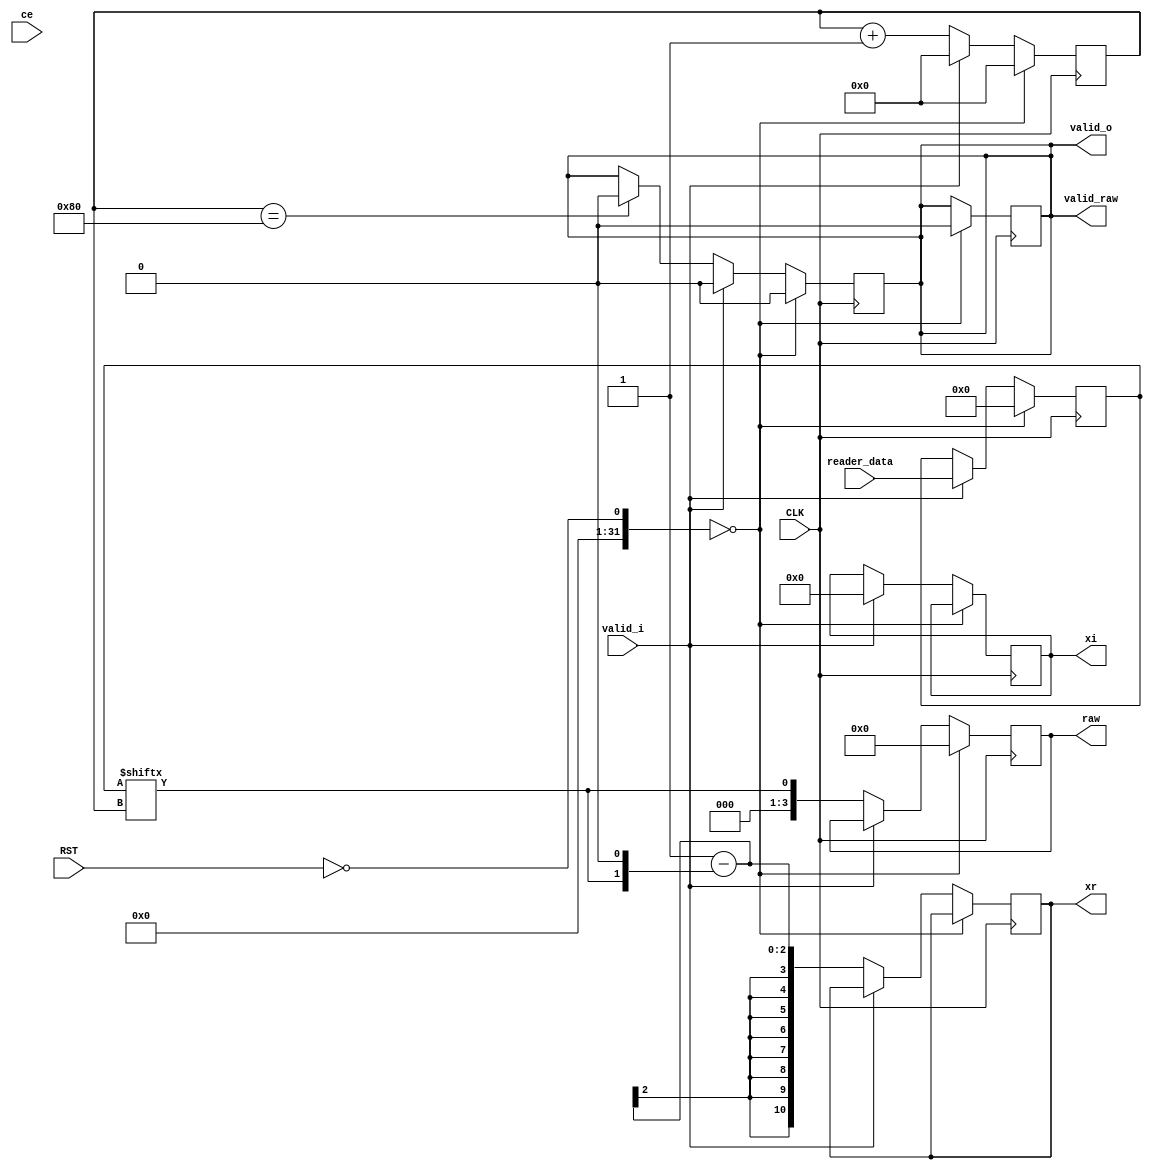
module iqmap_bpsk(
    input CLK,
    input RST,
    input ce,
    input valid_i,
    input [127:0] reader_data,
    output signed[10:0] xr,
    output signed[10:0] xi,
    output reg valid_o,
    output valid_raw,
    output reg[3:0] raw
    );
	
	assign valid_raw = valid_o;
	
	reg [127:0] reader_data_reg;
	reg [8:0] cnt;
	always@(posedge CLK)
		begin
			if(!RST == 0)
				begin
					cnt <= 0;
					reader_data_reg <= 0;
					valid_o <= 0;
					valid_raw <= 0;
					raw <= 0;
					reader_en <= 1;
				end
			else
				begin
					if(valid_i)
						begin
							reader_en <= 0;
							reader_data_reg <= reader_data;
							cnt <= 0;
							valid_o <= 0;
							xi <= 0;
						end
					else
						begin
						   xr <= 1 - (reader_data_reg[cnt] << 1);
							raw <= reader_data_reg[cnt];
							cnt <= cnt + 1;
							if(cnt == 128)
								begin
									valid_o <= 0;
									reader_en <= 1;
								end
						end
				end
		end


endmodule